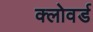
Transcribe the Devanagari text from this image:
क्लोवर्ड